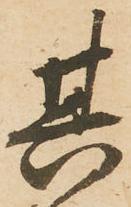
其